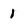
Character: 1